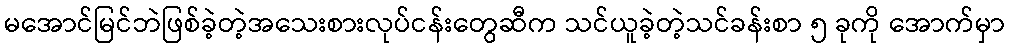
မအောင်မြင်ဘဲဖြစ်ခဲ့တဲ့အသေးစားလုပ်ငန်းတွေဆီက သင်ယူခဲ့တဲ့သင်ခန်းစာ ၅ ခုကို အောက်မှာ